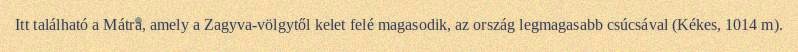
Itt található a Mátra, amely a Zagyva-völgytől kelet felé magasodik, az ország legmagasabb csúcsával (Kékes, 1014 m).